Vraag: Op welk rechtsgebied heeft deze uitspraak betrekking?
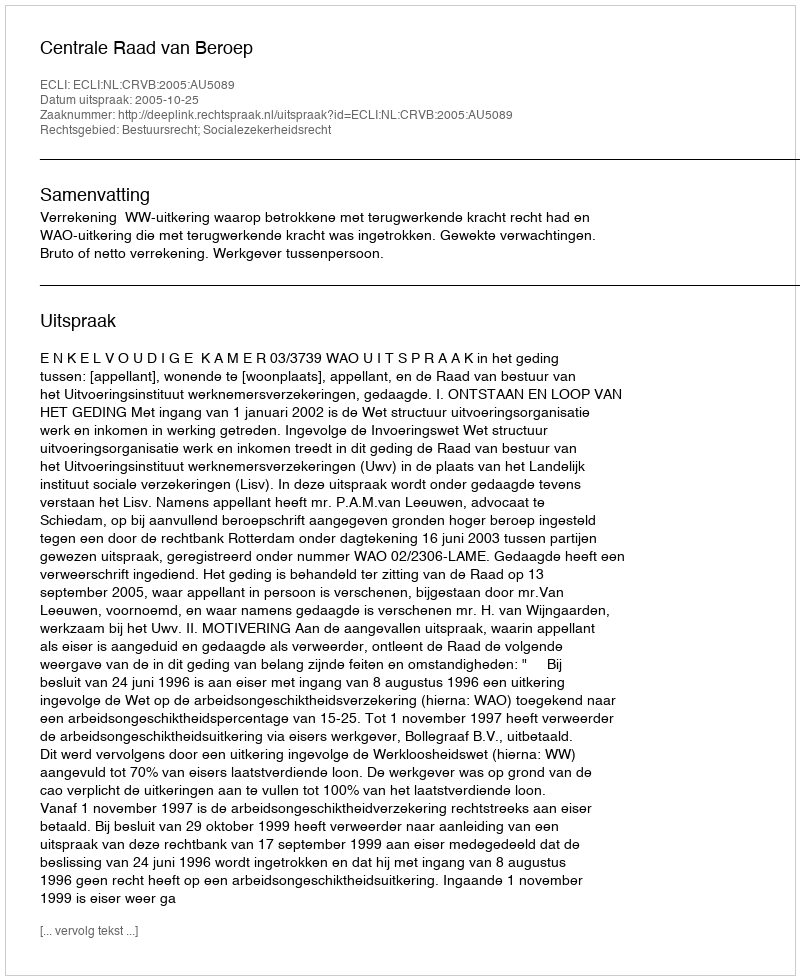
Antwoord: Bestuursrecht; Socialezekerheidsrecht